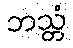
ဘသ္တံ